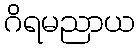
ဂိရမညာယ